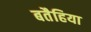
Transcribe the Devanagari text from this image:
बतैहिया